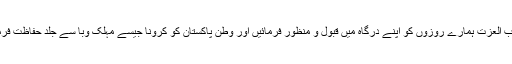
اللہ رب العزت ہمارے روزوں کو اپنے درگاہ میں قبول و منظور فرمائیں اور وطن پاکستان کو کرونا جیسے مہلک وبا سے جلد حفاظت فرمائیں۔